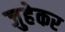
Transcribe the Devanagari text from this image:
जुहेकर